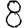
Digit: 8